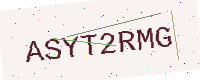
Text: ASYT2RMG